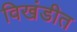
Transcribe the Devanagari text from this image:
विखंडीत